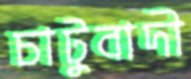
চাটুবাদী